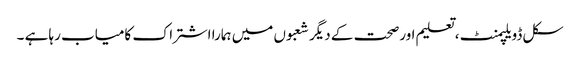
سکل ڈویلپمنٹ ،تعلیم اورصحت کے دیگر شعبوں میں ہمارا اشتراک کامیاب رہا ہے ۔